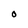
Character: O